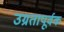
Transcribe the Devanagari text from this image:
उग्रतापूर्वक